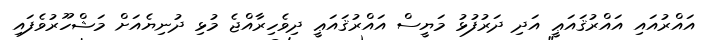
އައްރުއައި އައްރުޤައަޢީ އަދި ދަރުފުޅު މަޔީސް އައްރުޤައަޢީ ދިވެހިރާއްޖެ މުޅި ދުނިޔެއަށް މަޝްހޫރުވެފައި